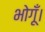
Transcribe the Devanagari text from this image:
भोगूँ।